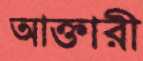
আক্তারী